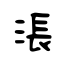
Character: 涱